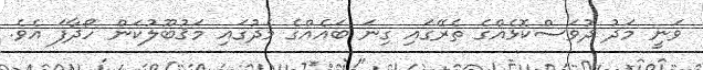
ވަނީ މަދު ދުވަސްކޮޅެއްގެ ތެރޭގައި ގިނަ ބައެއްގެ މެދުގައި މަޤުބޫލުކަން ހޯދާފަ އެވެ.